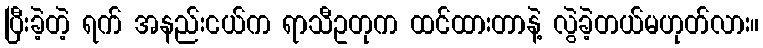
ပြီးခဲ့တဲ့ ရက် အနည်းငယ်က ရာသီဥတုက ထင်ထားတာနဲ့ လွဲခဲ့တယ်မဟုတ်လား။